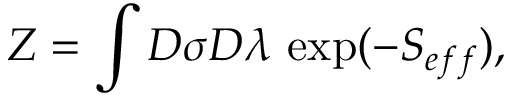
Z = \int { \cal D } \sigma { \cal D } \lambda \, \exp ( - S _ { e f f } ) ,